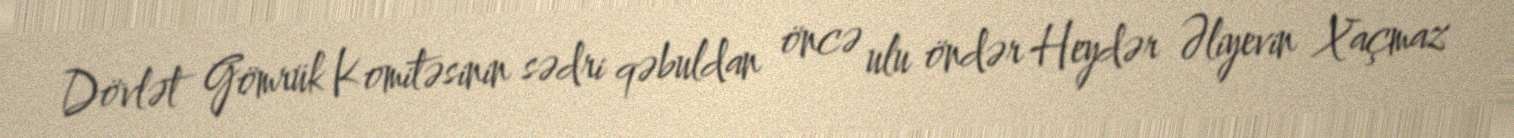
Dövlət Gömrük Komitəsinin sədri qəbuldan öncə ulu öndər Heydər Əliyevin Xaçmaz